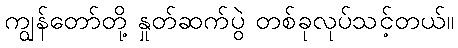
ကျွန်တော်တို့ နှုတ်ဆက်ပွဲ တစ်ခုလုပ်သင့်တယ်။